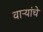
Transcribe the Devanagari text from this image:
वाऱ्यांचे